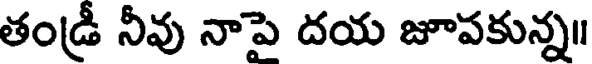
తండ్రీ నీవు నాపై దయ జూపకున్న॥